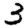
Digit: 3